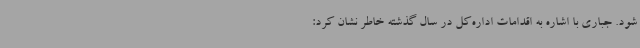
شود. جباری با اشاره به اقدامات اداره‌کل در سال گذشته خاطر نشان کرد: